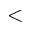
<